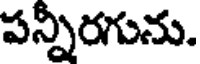
పన్నీరగును.